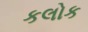
કલોક